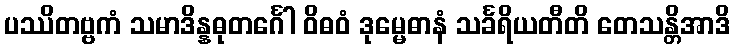
ပဿိတဗ္ဗကံ သမာဒိန္နဓုတင်္ဂေါ ဝိဓဝံ ဒုမ္မေဓာနံ သင်္ခရိယတီတိ တေသန္တိအာဒိ